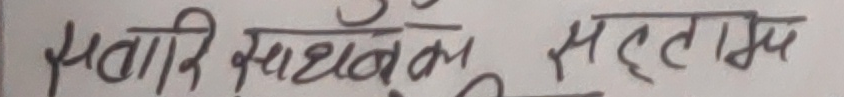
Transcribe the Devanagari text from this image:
मनादि साधवेत् महताम